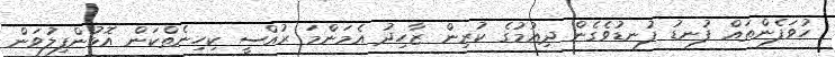
ހުވަފެންތައް ފުނޑު ފުނޑުވެގެން ދިއުމުގެ ކުރިން ޒާހިދު އެމަންމަ ރުއްސީ ކިހިނެތްކަން އޮޅުންފިލުވަން